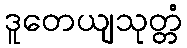
ဒူတေယျသုတ္တံ